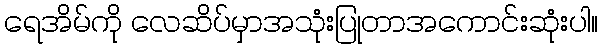
ရေအိမ်ကို လေဆိပ်မှာအသုံးပြုတာအကောင်းဆုံးပါ။